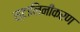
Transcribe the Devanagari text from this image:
स्टालिनीकरण